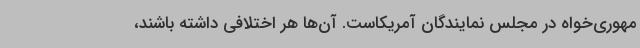
مهوری‌خواه در مجلس نمایندگان آمریکاست. آن‌ها هر اختلافی داشته باشند،